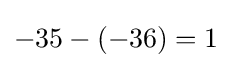
-35-(-36)=1